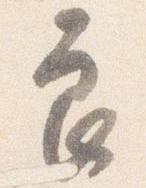
良